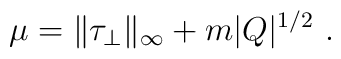
\mu = \|\tau_\perp\|_\infty + m |Q|^{1/2}~.